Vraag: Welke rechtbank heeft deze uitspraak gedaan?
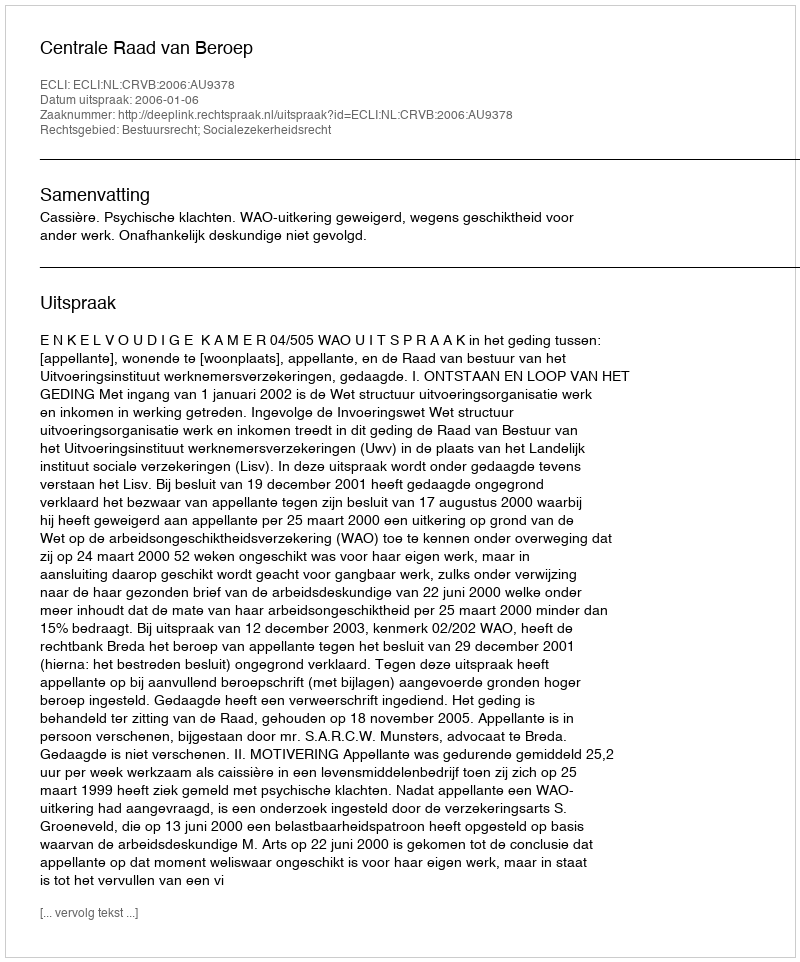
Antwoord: Centrale Raad van Beroep